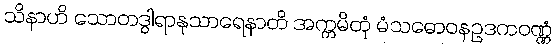
သိနာဟိ သောတဒွါရာနုသာရေနာတိ အက္ကမိတုံ မံသဓောဝနဥဒကဝဏ္ဏံ